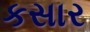
કસાર